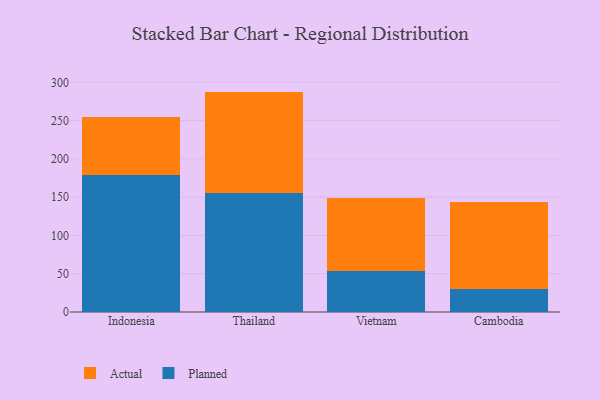
{"axis": {"x": "Country", "y": "Customer Acquisition Cost (USD)"}, "legend": ["Actual", "Planned"], "data": [{"x": "Indonesia", "y": 179.0, "type": "Planned"}, {"x": "Indonesia", "y": 75.4, "type": "Actual"}, {"x": "Thailand", "y": 155.1, "type": "Planned"}, {"x": "Thailand", "y": 132.8, "type": "Actual"}, {"x": "Vietnam", "y": 53.4, "type": "Planned"}, {"x": "Vietnam", "y": 95.6, "type": "Actual"}, {"x": "Cambodia", "y": 30.2, "type": "Planned"}, {"x": "Cambodia", "y": 113.9, "type": "Actual"}]}